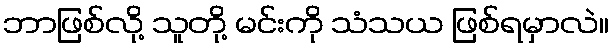
ဘာဖြစ်လို့ သူတို့ မင်းကို သံသယ ဖြစ်ရမှာလဲ။